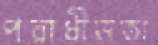
পরাধীনতা